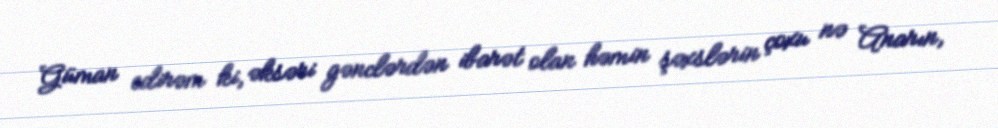
Güman edirəm ki, əksəri gənclərdən ibarət olan həmin şəxslərin çoxu nə Anarın,